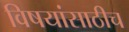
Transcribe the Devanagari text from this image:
विषयांसाठीच